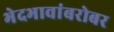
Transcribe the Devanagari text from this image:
भेदभावांबरोबर